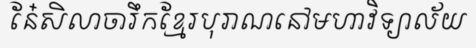
នែ៎សិលាចារឹកខ្មែរបុរាណនៅមហាវិទ្យាល័យ